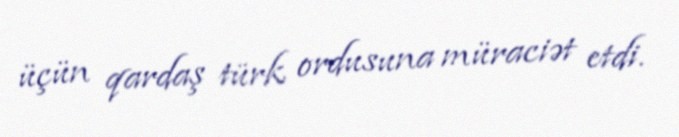
üçün qardaş türk ordusuna müraciət etdi.